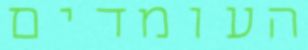
העומדים